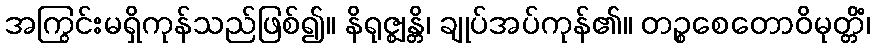
အကြွင်းမရှိကုန်သည်ဖြစ်၍။ နိရုဇ္ဈန္တိ၊ ချုပ်အပ်ကုန်၏။ တဉ္စစေတောဝိမုတ္တိံ၊